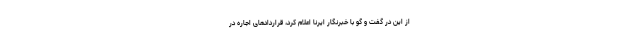
از این در گفت و گو با خبرنگار ایرنا اعلام کرد، قراردادهای اجاره در